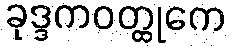
ခုဒ္ဒကဝတ္ထုကေ